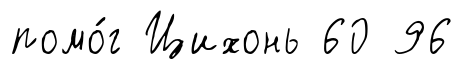
помо́г Цихонь 60 96